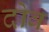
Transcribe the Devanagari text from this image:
दोव